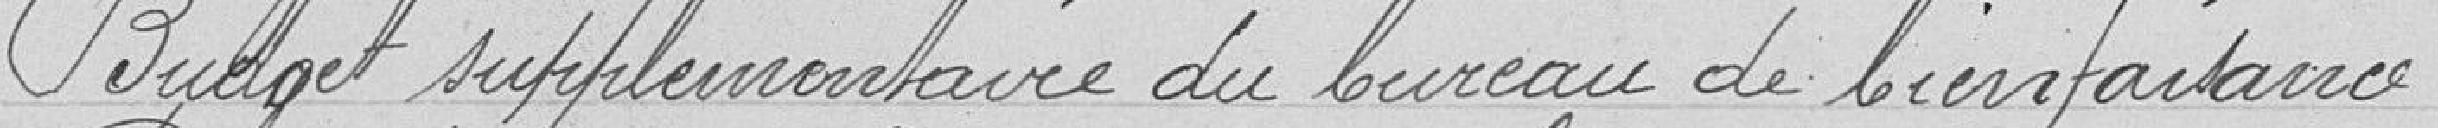
Budget supplémentaire du bureau de bienfaisanceBudget primitif du bureau de bienfaisance